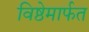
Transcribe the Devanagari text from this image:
विष्ठेमार्फत